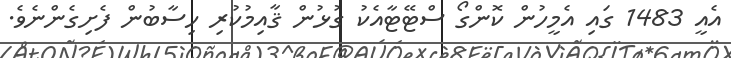
އެއީ 1483 ގައި އެމީހުން ކޮންގޯ ސްޓޭޓާއެކު ގުޅުން ޤާއިމުކުރި ހިސާބުން ފެށިގެންނެވެ.